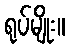
ရုပ်မျိုး။